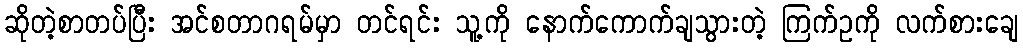
ဆိုတဲ့စာတပ်ပြီး အင်စတာဂရမ်မှာ တင်ရင်း သူ့ကို နောက်ကောက်ချသွားတဲ့ ကြက်ဥကို လက်စားချေ